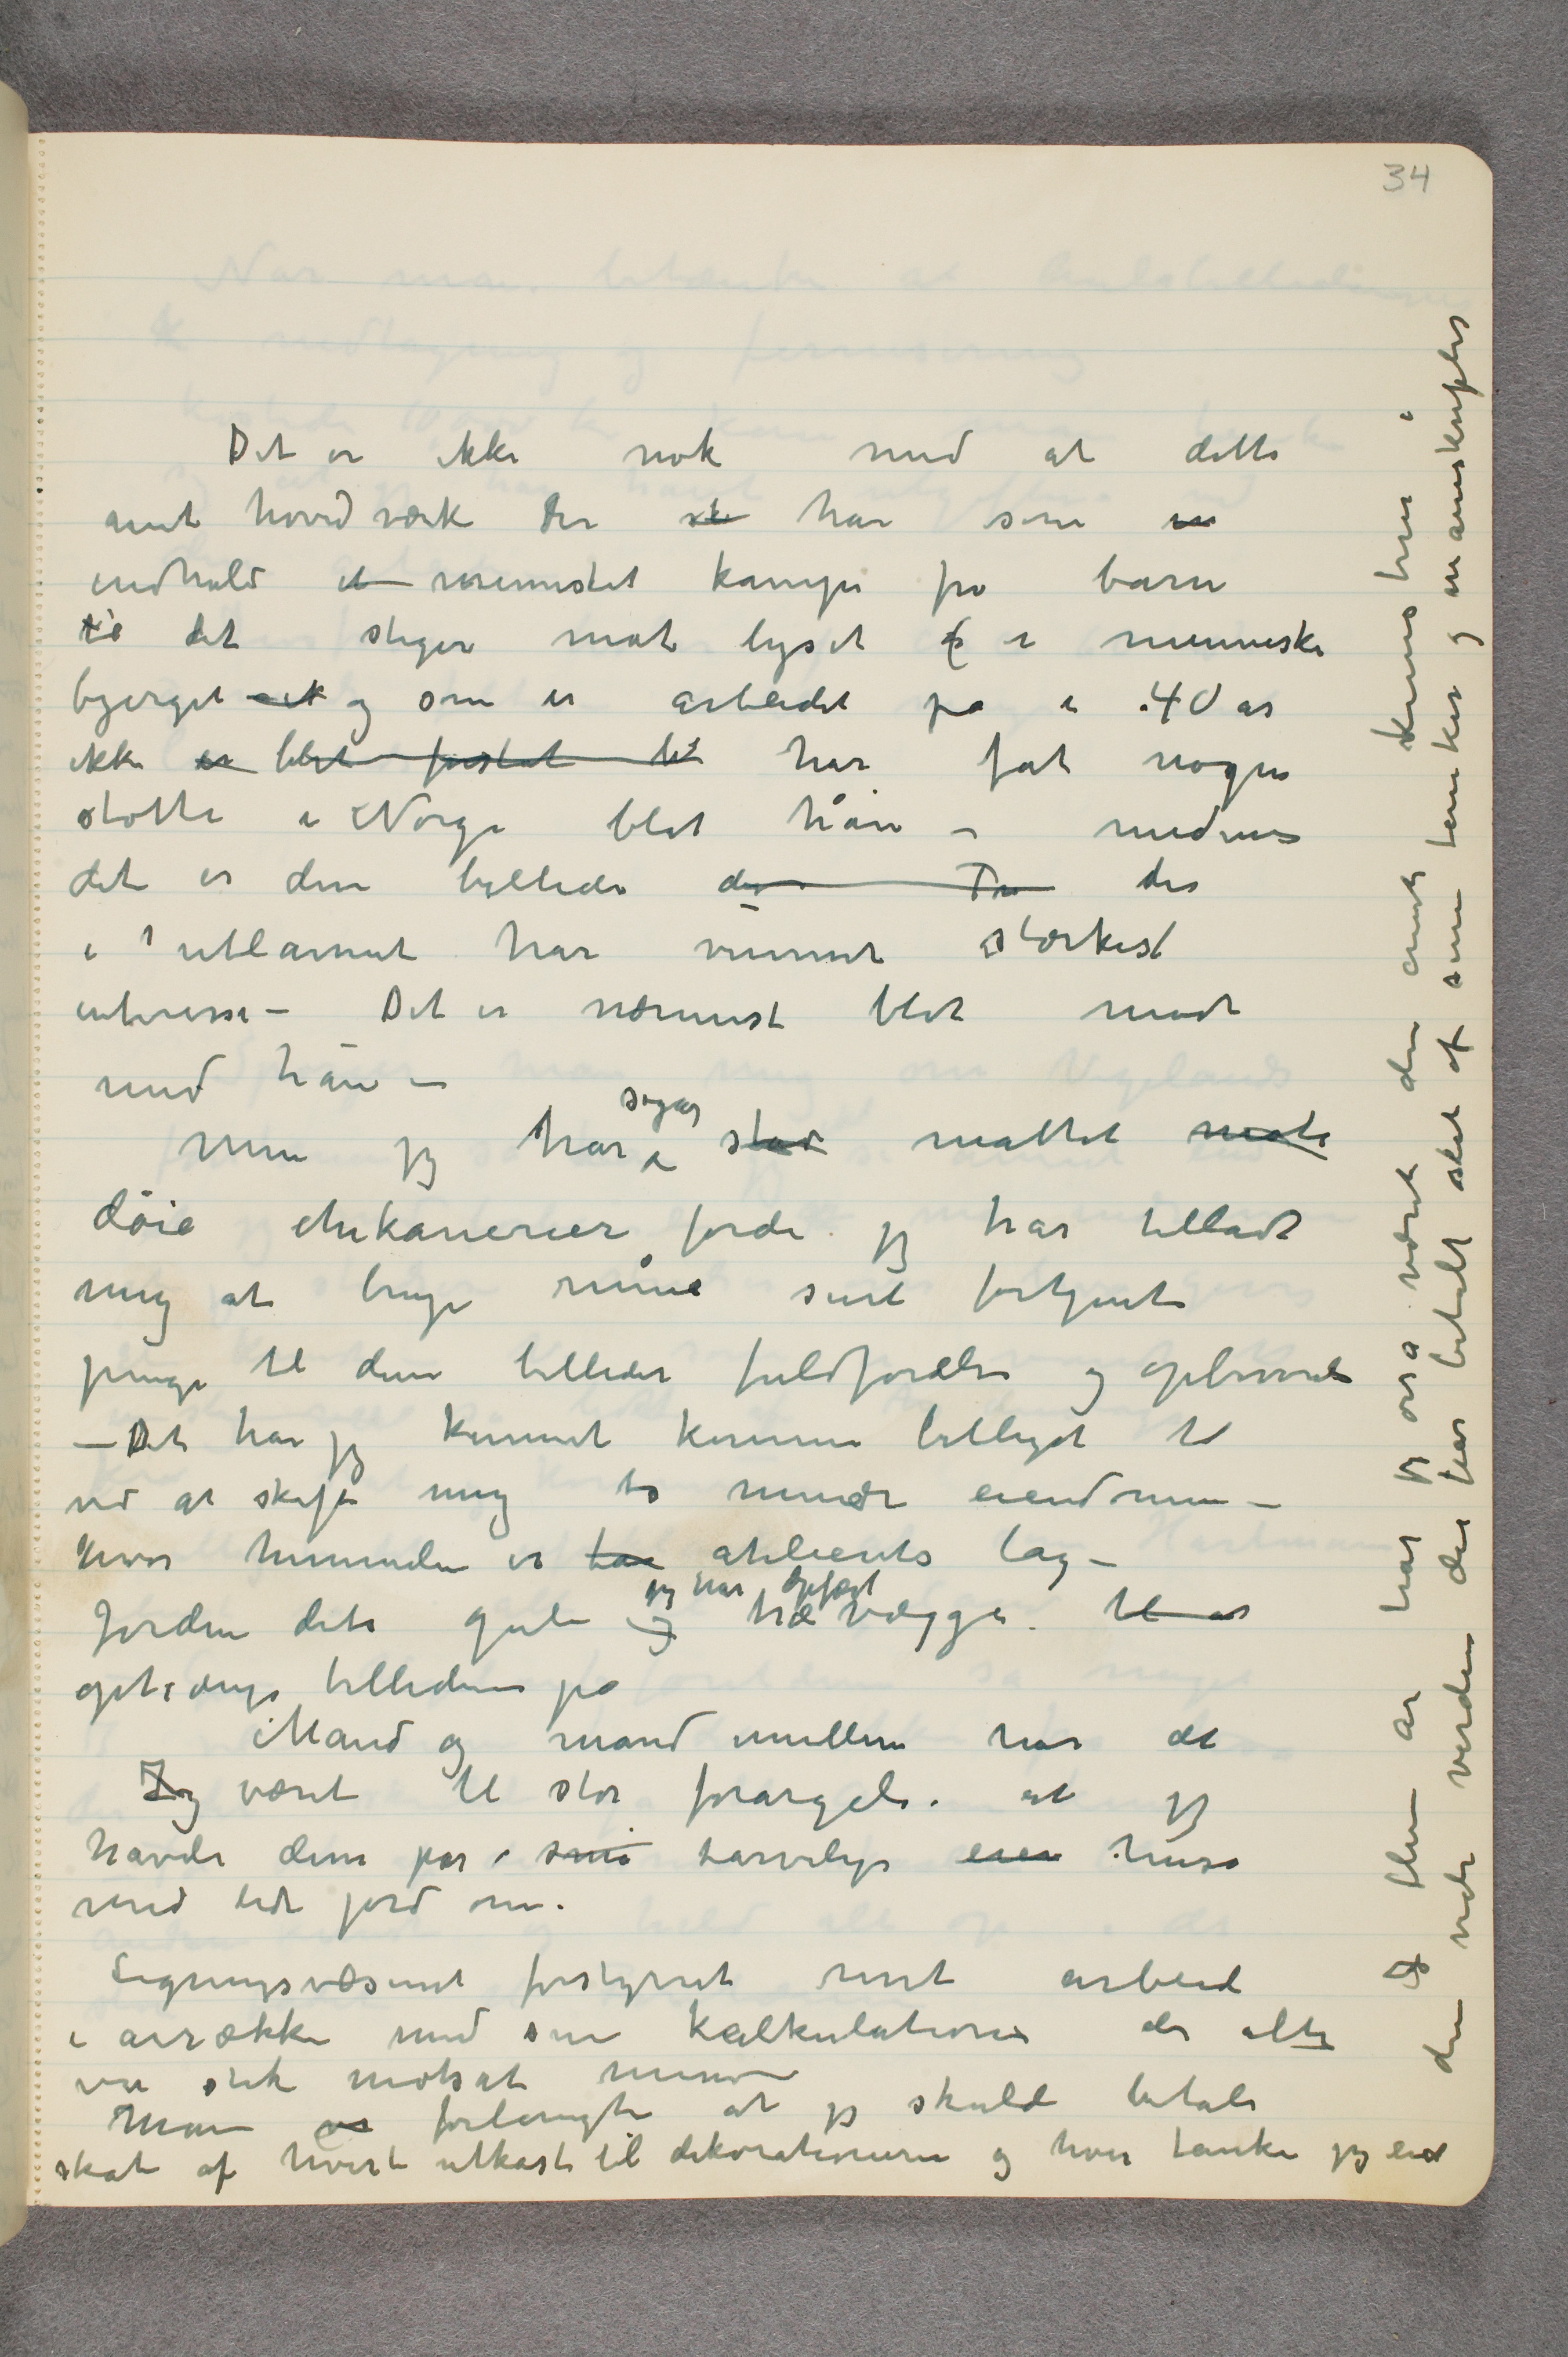
I flere år har jeg osså været den eneste kunstner i
den vide verden der har betalt skat af sine tanker og manuskripter

Det er ikke nok med at dette
mit hovedværk der  sk  har som in
indhold et mennesket kamp fra barn
til det stiger mot lyset (i menneske
bjerget  …  og som er arbeidet på i 40 år
ikke er blit forståt til har fåt nogen
støtte i Norge blot hån – medens
det er disse billeder der Ta der
i  …  utlannet har vunnet stærkest
interesse – Det er nærmest blot mødt
med hån –
Men jeg har sogar stad måttet møte
døie chikanerier fordi jeg har tilladt
mig at bruge mine surt fortjente
penge til disse billeder fuldførelse og opbevarende
– Det har jeg kunnet komme billigt til
ved at skaffe mig to mindre eiendomme –
hvor himmelen er  …  atelierets tag –
Jorden dets gulv og jeg har opført trævægge til at
ophænge billeder på
Mand og mand imellem har det
Jeg været til stor forargelse at jeg
havde disse par små tarvelige eien huse
med lidt jord om.
Ligningsvæsenet forstyrret mit arbeide
i årrække med sine kalkulationer der alti
var stik modsat mine –
Man vi forlangte at jeg skulde betale
skat af hvert utkast til dekorationerne og hver tanke jeg end